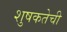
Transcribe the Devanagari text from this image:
शुषकतेची